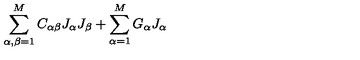
\sum _ { \alpha , \beta = 1 } ^ { M } C _ { \alpha \beta } J _ { \alpha } J _ { \beta } + \sum _ { \alpha = 1 } ^ { M } G _ { \alpha } J _ { \alpha }